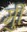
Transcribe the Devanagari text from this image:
र्मुी